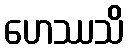
ဟေဿသိ